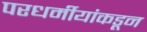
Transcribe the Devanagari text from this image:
परधर्मीयांकडून